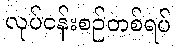
လုပ်ငန်းစဉ်တစ်ရပ်